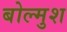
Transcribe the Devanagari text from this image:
बोल्मुश